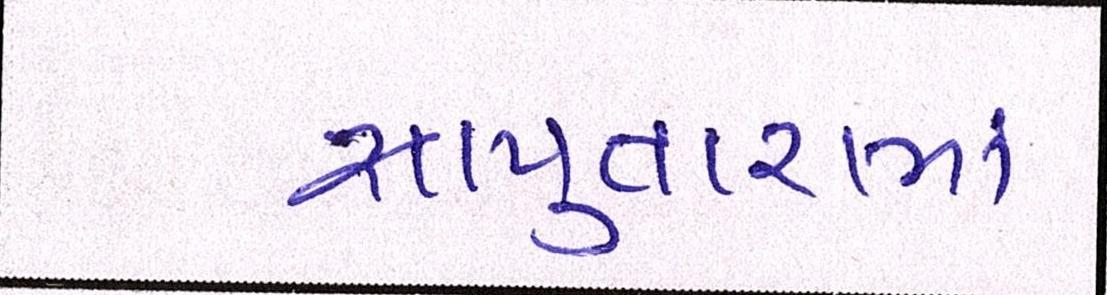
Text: સાપુતારામાં